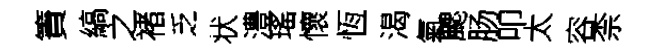
簀縞之褚乏状澧瑤懷恆渴氣颸肠叩太容柰